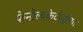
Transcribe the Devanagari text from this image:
फेनील्यकेटोनुरिया